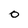
Character: O